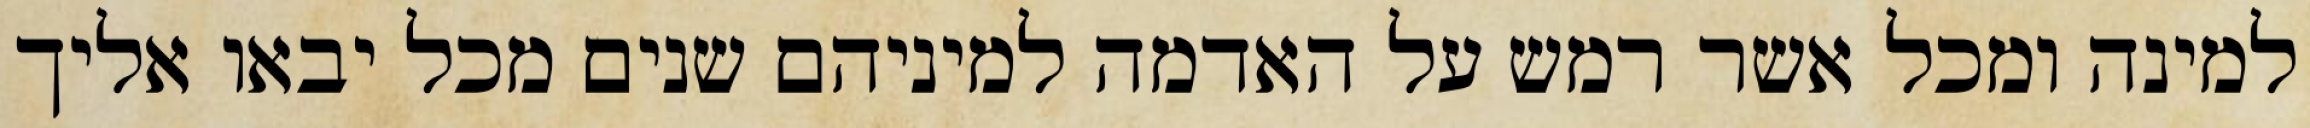
למינה ומכל אשר רמש על האדמה למיניהם שנים מכל יבאו אליך